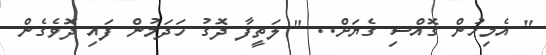
" އެމިހުން ގޮއްސި ގެޔަށް.. " ލަތީފާ ދޮގު ހަދަމުން ފައި ދޮވެގެން